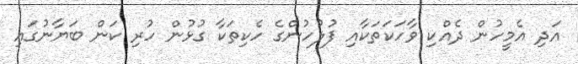
އަދި އެމީހުން ދެއްކި ވާހަކަތަކާއި ފުލުހުންގެ ހެކިތަކާ ގުޅުން ހުރި ކަން ބަޔާނުގައި